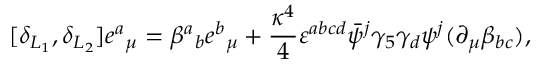
[ \delta _ { L _ { 1 } } , \delta _ { L _ { 2 } } ] e { ^ a } _ { \mu } = \beta { ^ a } _ { b } e { ^ b } _ { \mu } + { \frac { \kappa ^ { 4 } } { 4 } } \varepsilon ^ { a b c d } \bar { \psi } { ^ j } \gamma _ { 5 } \gamma _ { d } \psi { ^ j } ( \partial _ { \mu } \beta _ { b c } ) ,